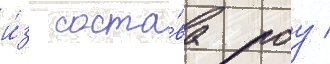
и́з соста́ва роу /